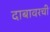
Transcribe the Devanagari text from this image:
दाबावरची